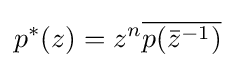
p^{*}(z)=z^{n}{\overline {p({\bar {z}}^{-1})}}